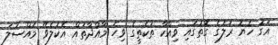
އަގު ހެޔޮ ރަލުގެ ގޮތުގައި ވިއްކާ ތަކެތީގެ ވިހަ މާއްދާތައް އެކުލެވޭ މައްސަލަ